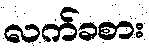
လက်ခစား